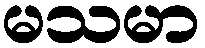
မသမာ